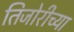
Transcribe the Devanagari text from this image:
तिजोरीच्या